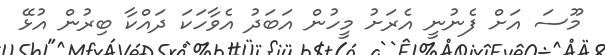
މޫސަ އަށް ފެނުނީ އެރަށު މީހުން އަބަދު އެވާހަކަ ދައްކާ ބިރުން އުޅޭ